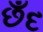
છઁદ